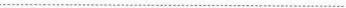
…………………………………………………………